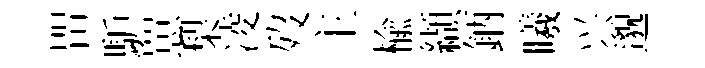
㽞馿罳梨凌歿主楡纈鈵曦兴邈